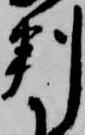
判